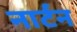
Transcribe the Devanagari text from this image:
नार्टन